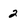
Character: 2